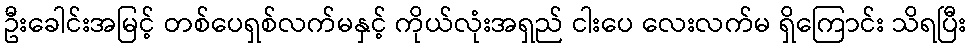
ဦးခေါင်းအမြင့် တစ်ပေရှစ်လက်မနှင့် ကိုယ်လုံးအရှည် ငါးပေ လေးလက်မ ရှိကြောင်း သိရပြီး